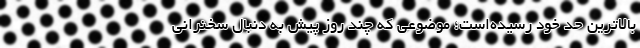
بالاترین حد خود رسیده‌است؛ موضوعی که چند روز پیش به دنبال سخنرانی